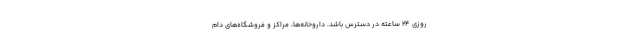
روزی 24 ساعته در دسترس باشد. داروخانه‌ها، مراکز و فروشگاه‌های دام